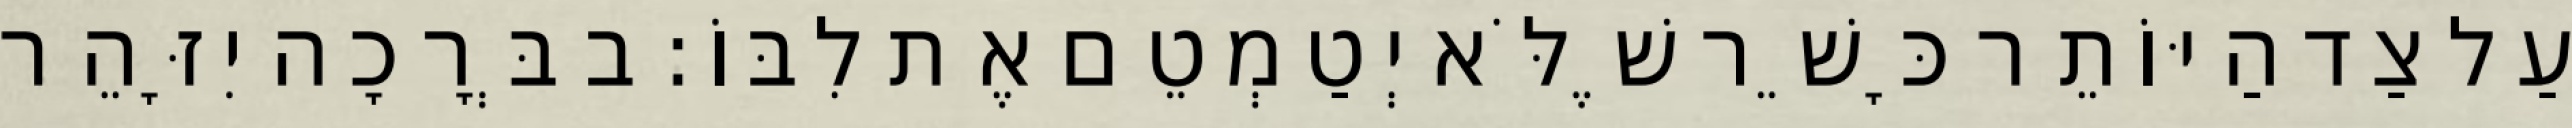
עַל צַד הַיּוֹתֵר כָּשֵׁר שֶׁלֹּא יְטַמְטֵם אֶת לִבּוֹ: ב בְּרָכָה יִזָּהֵר